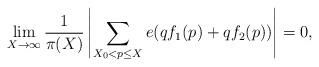
LaTeX: \begin{align*} \lim_{X \rightarrow \infty} \frac{1}{\pi(X)} \left| \sum_{X_0 < p \leq X} e(qf_1(p) + qf_2(p))\right| = 0,\end{align*}